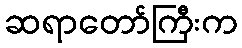
ဆရာတော်ကြီးက